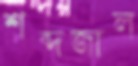
শব্দজাল